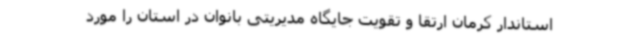
استاندار کرمان ارتقا و تقویت جایگاه مدیریتی بانوان در استان را مورد